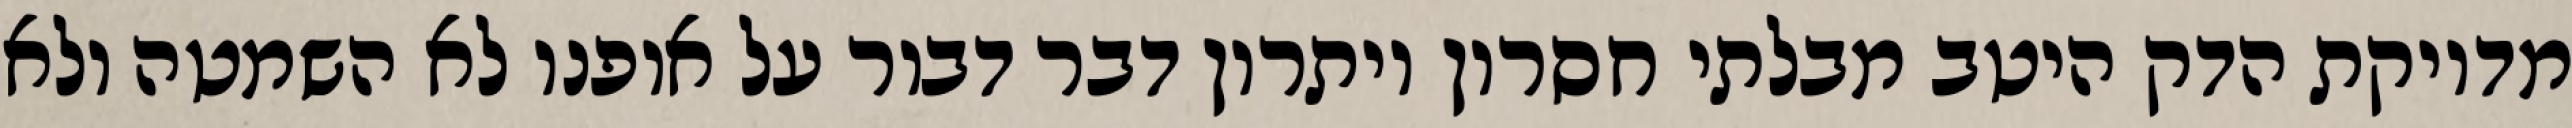
מדויקת הדק היטב מבלתי חסרון ויתרון דבר דבור על אופנו לא השמטה ולא